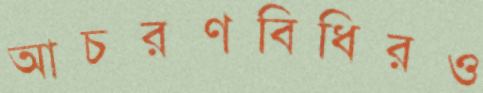
আচরণবিধিরও